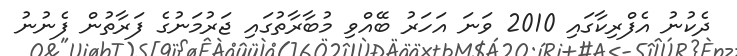
ދެކުނު އެފްރިކާގައި 2010 ވަނަ އަހަރު ބޭއްވި މުބާރާތުގައި ޖަރުމަނުގެ ފަރާތުން ފެނުނު